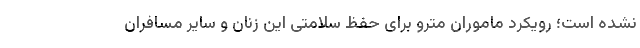
نشده است؛ رویکرد ماموران مترو برای حفظ سلامتی این زنان و سایر مسافران